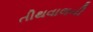
તીથવાલની